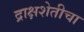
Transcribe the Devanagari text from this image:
द्राक्षशेतीचा